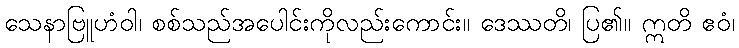
သေနာဗြူဟံဝါ၊ စစ်သည်အပေါင်းကိုလည်းကောင်း။ ဒေဿတိ၊ ပြ၏။ ဣတိ ဧဝံ၊